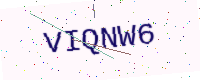
Text: VIQNW6